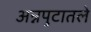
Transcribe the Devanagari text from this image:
अन्नपुटातले